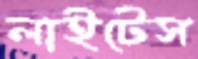
লাইটেস